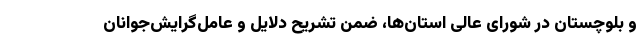
و بلوچستان در شورای عالی استان‌ها، ضمن تشریح دلایل و عامل‌گرایش‌جوانان